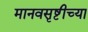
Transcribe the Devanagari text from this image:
मानवसृष्टीच्या